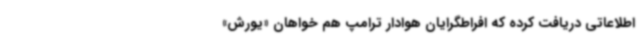
اطلاعاتی دریافت کرده که افراطگرایان هوادار ترامپ هم خواهان «یورش»